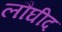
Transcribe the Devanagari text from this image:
लौघीद